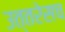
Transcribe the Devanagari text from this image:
उत्तरेसच